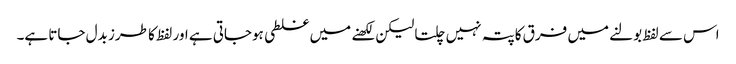
اس سے لفظ بولنے میں فرق کاپتہ نہیں چلتا لیکن لکھنے میں غلطی ہوجاتی ہے اور لفظ کا طرز بدل جاتا ہے۔